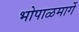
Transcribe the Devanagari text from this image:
भोपाळमार्गे